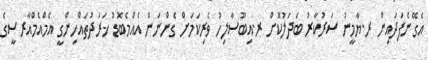
އެގޭނެފަދައިން ރ.ޔާމީނު ސަރުކާރު ބަދަލުކޮށް ރ.އިބޫސާލިހު ވެރިކަމަށް ގެންނަން އެއްމެބޮޑު ޚަރަދުތައްހިންގީ އެމްއެމްއާރސީގެ